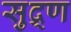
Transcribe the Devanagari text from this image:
सुद्र्ण